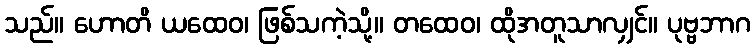
သည်။ ဟောတိ ယထေဝ၊ ဖြစ်သကဲ့သို့။ တထေဝ၊ ထိုအတူသာလျှင်။ ပုဗ္ဗဘာဂ